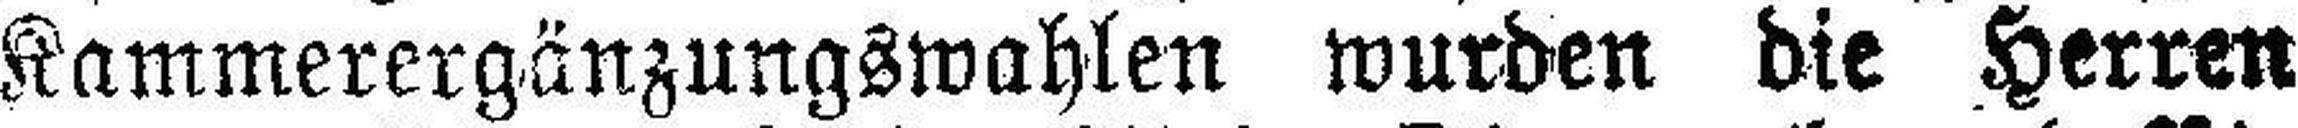
Kammerergänzungswahlen wurden die Herren